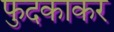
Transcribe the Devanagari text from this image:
फुदकाकर